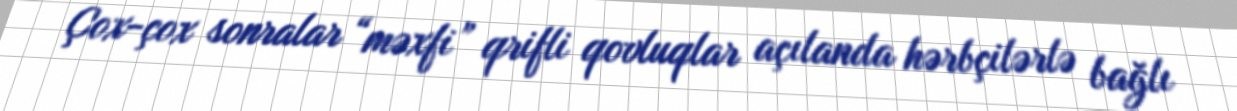
Çox-çox sonralar “məxfi” qrifli qovluqlar açılanda hərbçilərlə bağlı